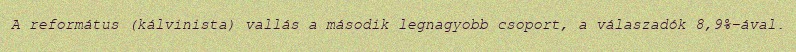
A református (kálvinista) vallás a második legnagyobb csoport, a válaszadók 8,9%-ával.